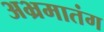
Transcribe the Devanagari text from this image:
अभ्रमातंग